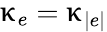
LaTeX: \upkappa_{e}=\upkappa_{|e|}